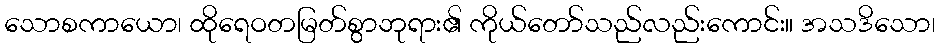
သောစကာယော၊ ထိုရေဝတမြတ်စွာဘုရား၏ ကိုယ်တော်သည်လည်းကောင်း။ အသဒိသော၊